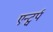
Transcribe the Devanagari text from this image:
एन्ट्वर्प